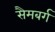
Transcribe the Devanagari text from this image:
सैमबर्ग